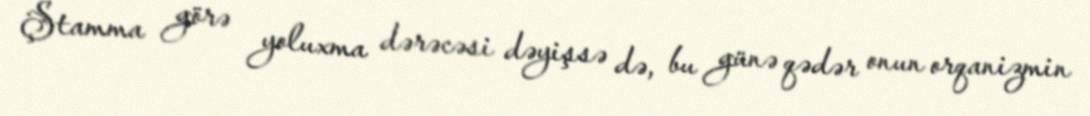
Ştamma görə yoluxma dərəcəsi dəyişsə də, bu günə qədər onun orqanizmin